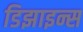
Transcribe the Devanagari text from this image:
डिझाइन्स